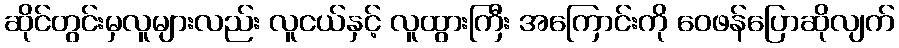
ဆိုင်တွင်းမှလူများလည်း လူငယ်နှင့် လူထွားကြီး အကြောင်းကို ဝေဖန်ပြောဆိုလျက်